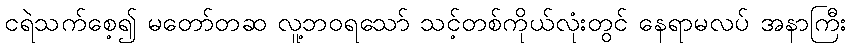
ငရဲသက်စေ့၍ မတော်တဆ လူ့ဘဝရသော် သင့်တစ်ကိုယ်လုံးတွင် နေရာမလပ် အနာကြီး